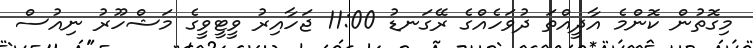
މިގޮތުން ކޮންމެ އާދީއްތަ ދުވަހެއްގެ ރޭގަނޑު 11:00 ޖަހާއިރު ވީޓީވީގެ މަޝްހޫރު ނިއުސް